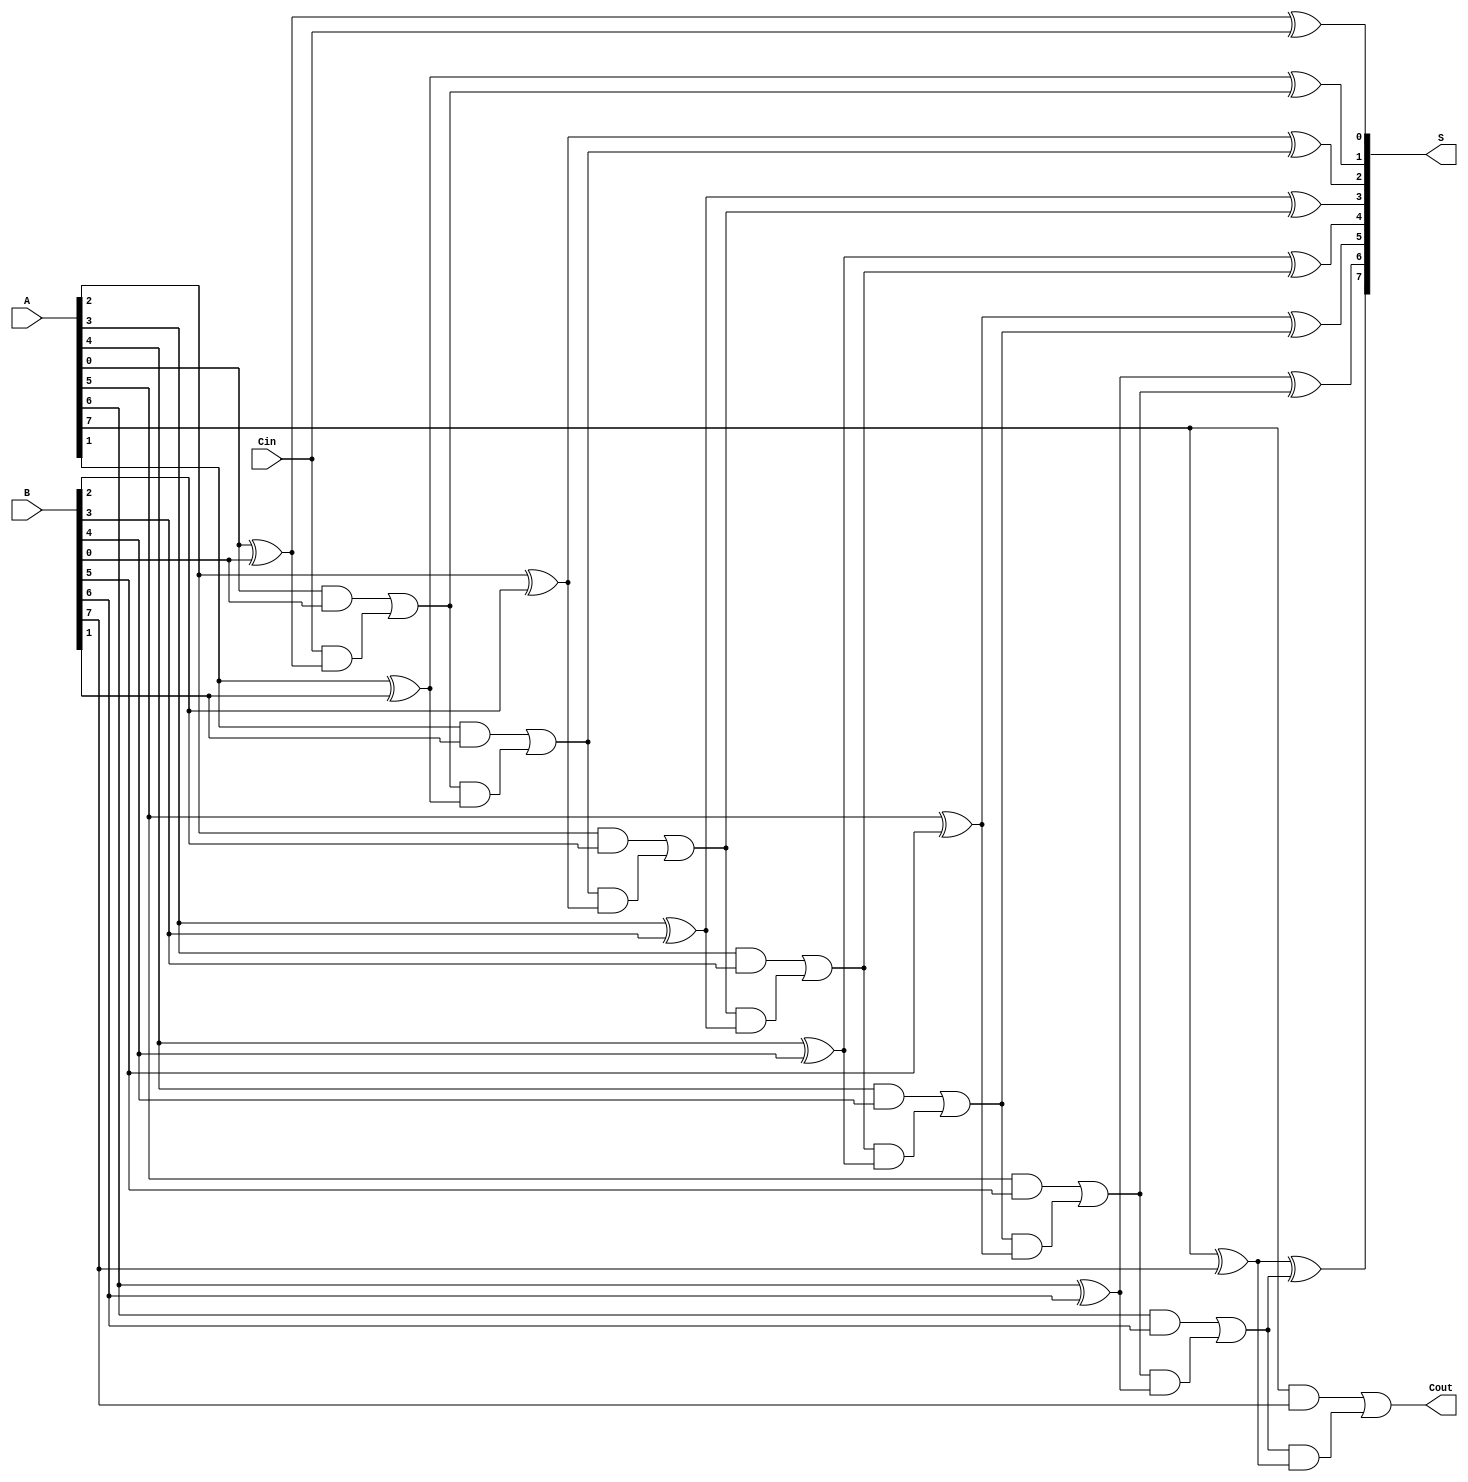
module manchester_carry_chain_adder #(
    parameter WIDTH = 8 // Width of the binary numbers
)(
    input wire [WIDTH-1:0] A, // First input number
    input wire [WIDTH-1:0] B, // Second input number
    input wire Cin,           // Carry-in
    output wire [WIDTH-1:0] S, // Sum output
    output wire Cout          // Carry-out
);

    wire [WIDTH:0] carry; // Carry signals, one extra for the final carry-out

    assign carry[0] = Cin; // Initial carry-in

    genvar i;
    generate
        for (i = 0; i < WIDTH; i = i + 1) begin : adder_stage
            // Sum for each stage
            assign S[i] = A[i] ^ B[i] ^ carry[i];

            // Carry for each stage using Manchester Carry Chain logic
            assign carry[i + 1] = (A[i] & B[i]) | (carry[i] & (A[i] ^ B[i]));
        end
    endgenerate

    assign Cout = carry[WIDTH]; // Final carry-out

endmodule